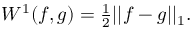
\begin{array} { r } { W ^ { 1 } ( f , g ) = \frac 1 2 | | f - g | | _ { 1 } . } \end{array}